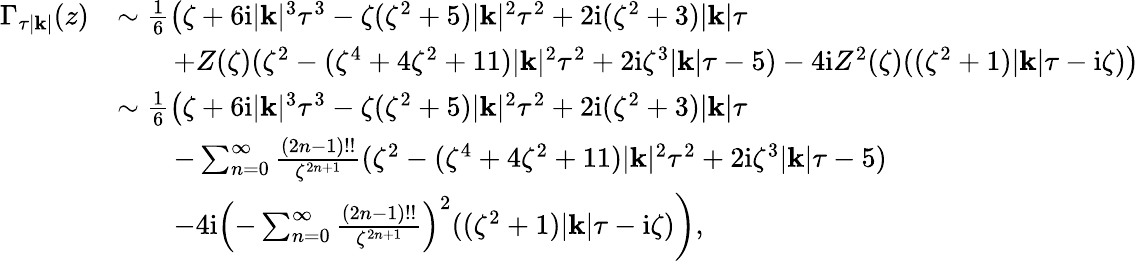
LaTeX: \begin{array}{rl}{\Gamma_{\tau|\mathbf{k}|}(z)}&{\sim\frac{1}{6}\left(\zeta+6\mathrm{i}|\mathbf{k}|^{3}\tau^{3}-\zeta(\zeta^{2}+5)|\mathbf{k}|^{2}\tau^{2}+2\mathrm{i}(\zeta^{2}+3)|\mathbf{k}|\tau\right.}\\ &{\qquad\left.+Z(\zeta)(\zeta^{2}-(\zeta^{4}+4\zeta^{2}+11)|\mathbf{k}|^{2}\tau^{2}+2\mathrm{i}\zeta^{3}|\mathbf{k}|\tau-5)-4\mathrm{i}Z^{2}(\zeta)((\zeta^{2}+1)|\mathbf{k}|\tau-\mathrm{i}\zeta)\right)}\\ &{\sim\frac{1}{6}\left(\zeta+6\mathrm{i}|\mathbf{k}|^{3}\tau^{3}-\zeta(\zeta^{2}+5)|\mathbf{k}|^{2}\tau^{2}+2\mathrm{i}(\zeta^{2}+3)|\mathbf{k}|\tau\right.}\\ &{\qquad-\sum_{n=0}^{\infty}\frac{(2n-1)!!}{\zeta^{2n+1}}(\zeta^{2}-(\zeta^{4}+4\zeta^{2}+11)|\mathbf{k}|^{2}\tau^{2}+2\mathrm{i}\zeta^{3}|\mathbf{k}|\tau-5)}\\ &{\qquad\left.-4\mathrm{i}\left(-\sum_{n=0}^{\infty}\frac{(2n-1)!!}{\zeta^{2n+1}}\right)^{2}((\zeta^{2}+1)|\mathbf{k}|\tau-\mathrm{i}\zeta)\right),}\end{array}